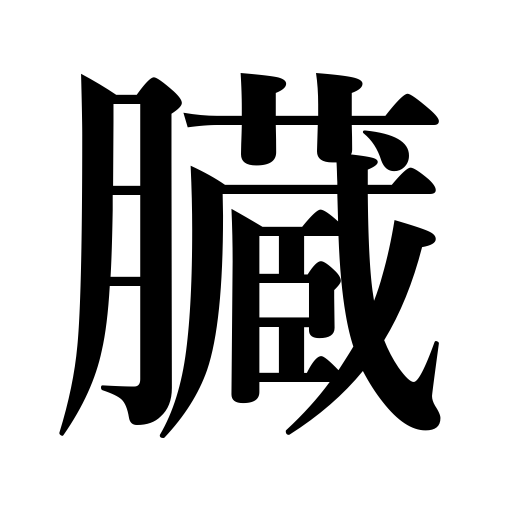
Meanings: bowels,viscera